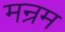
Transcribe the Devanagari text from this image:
मन्रम